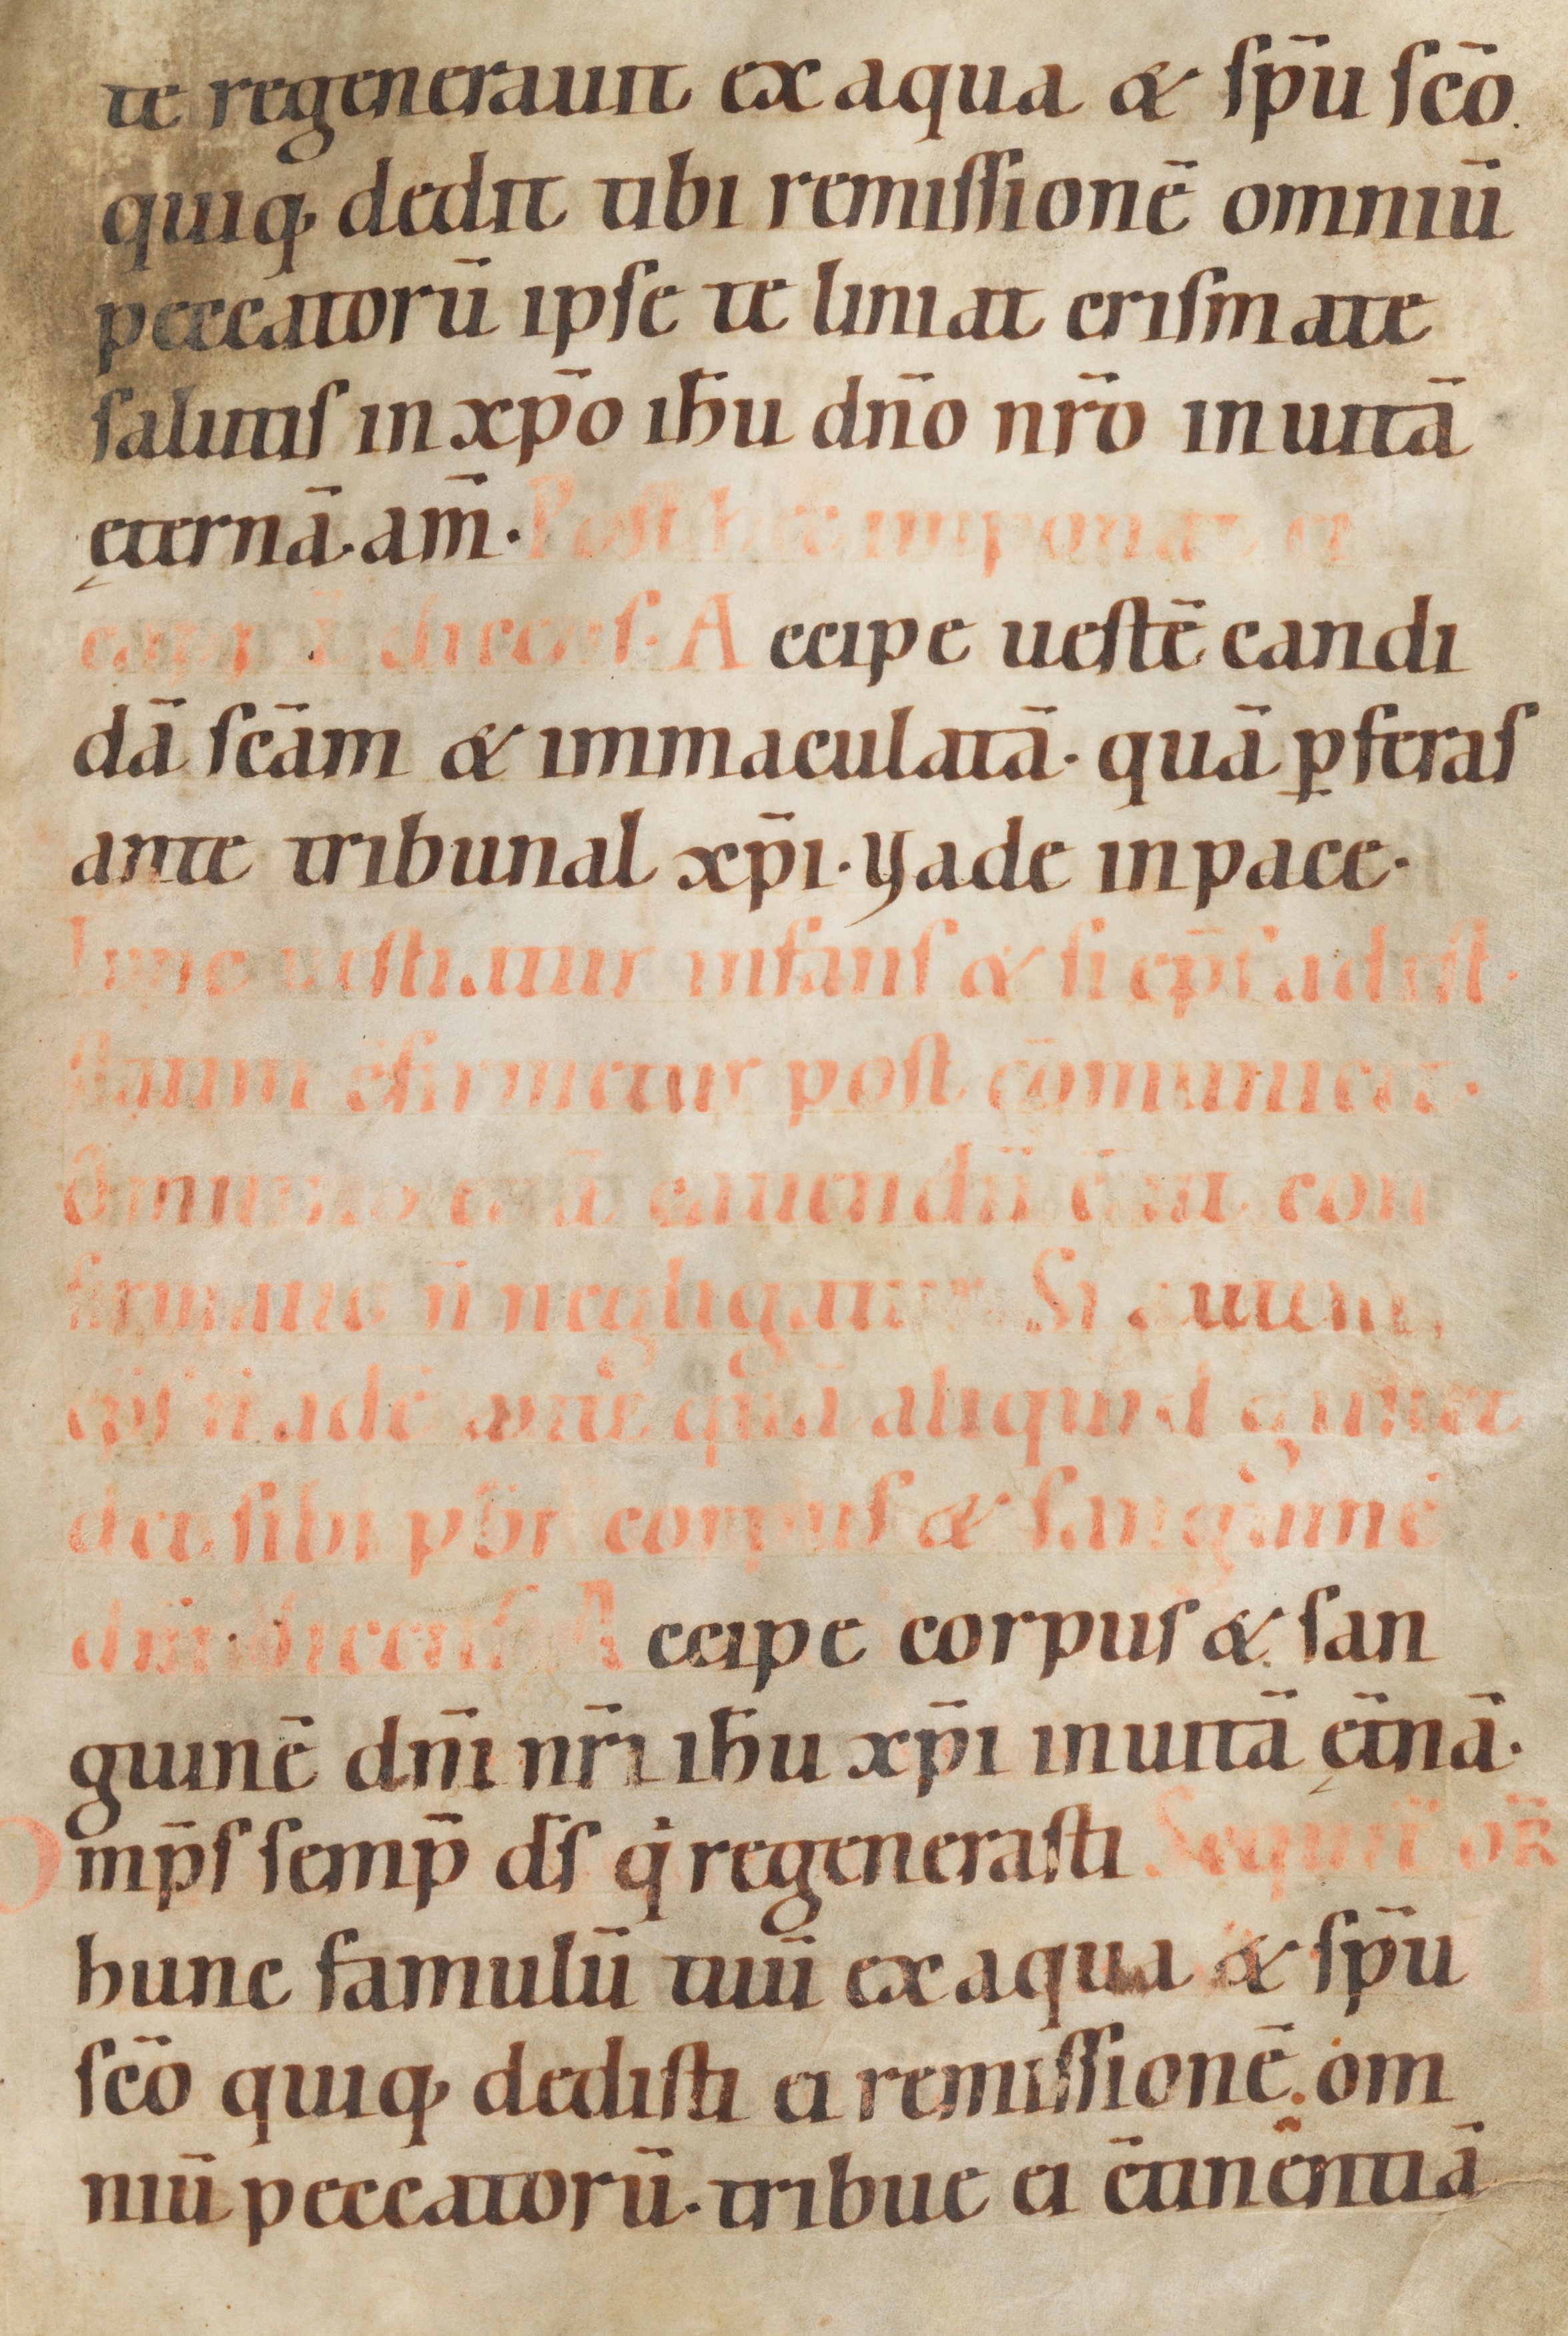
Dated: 1100–1199